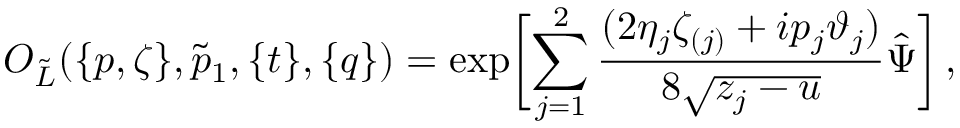
O _ { \tilde { L } } ( \{ p , \zeta \} , \tilde { p } _ { 1 } , \{ t \} , \{ q \} ) = \exp \biggl [ \sum _ { j = 1 } ^ { 2 } \frac { ( 2 \eta _ { j } \zeta _ { ( j ) } + i p _ { j } \vartheta _ { j } ) } { 8 \sqrt { z _ { j } - u } } \hat { \Psi } \biggl ] \, ,